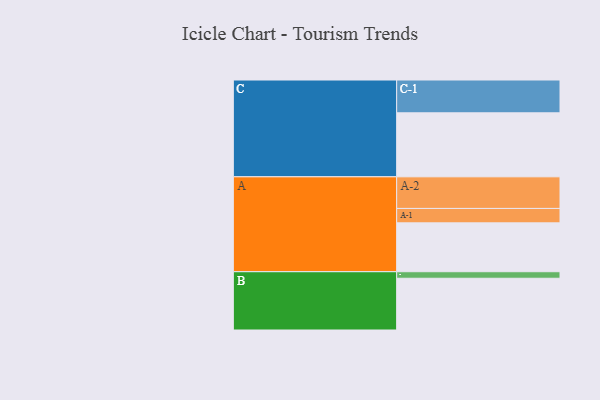
{"axis": {"x": "Segment", "y": "Value"}, "legend": ["", "A", "B", "C"], "data": [{"x": "A", "y": 411, "type": ""}, {"x": "B", "y": 435, "type": ""}, {"x": "C", "y": 538, "type": ""}, {"x": "A-1", "y": 121, "type": "A"}, {"x": "A-2", "y": 266, "type": "A"}, {"x": "B-1", "y": 55, "type": "B"}, {"x": "C-1", "y": 276, "type": "C"}]}